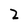
Character: 2